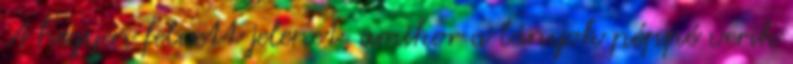
A hegyen felvett jelenet, amikor a lányok péppé verik